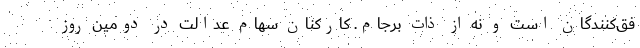
فق‌کنندگان است و نه از ذات برجام. کارکنان سهام عدالت در دومین روز